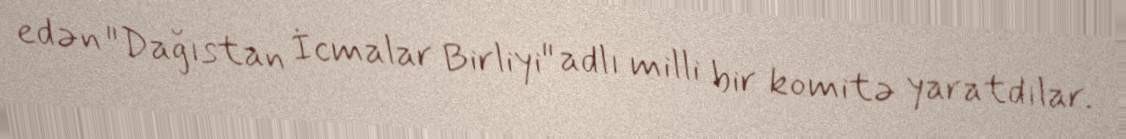
edən "Dağıstan İcmalar Birliyi" adlı milli bir komitə yaratdılar.